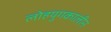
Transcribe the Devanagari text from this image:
लोहयुगकालीन